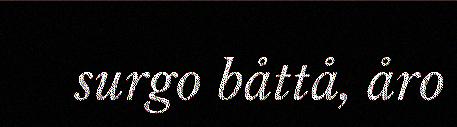
surgo båttå, åro